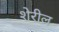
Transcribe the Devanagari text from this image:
शेरील